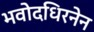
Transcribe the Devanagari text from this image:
भवोदधिरनेन